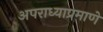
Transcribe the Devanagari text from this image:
अपराध्याप्रमाणे